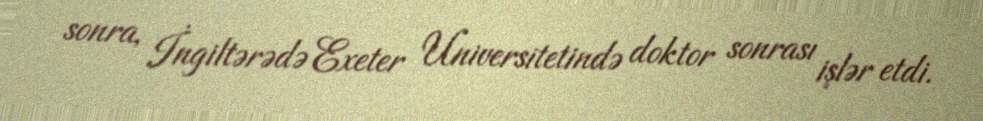
sonra, İngiltərədə Exeter Universitetində doktor sonrası işlər etdi.